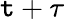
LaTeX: \mathtt{t}+\tau